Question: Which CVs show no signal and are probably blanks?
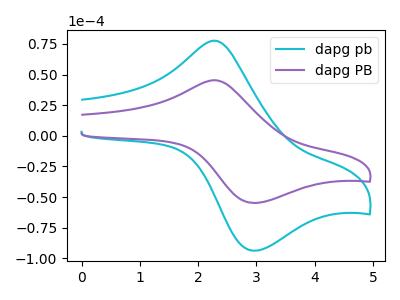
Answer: <think>The cyan curve "dapg pb" has an anodic peak at (2.30V, 77.50uA) and a cathodic peak at (2.95V, -93.60uA). The purple curve "dapg PB" has an anodic peak at (2.30V, 45.30uA) and a cathodic peak at (2.95V, -54.70uA).</think>
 <answer>There are not any CV's on this graph that are likely to be blanks.</answer>
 <eval>none</eval>